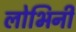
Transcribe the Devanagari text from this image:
लोभिनी